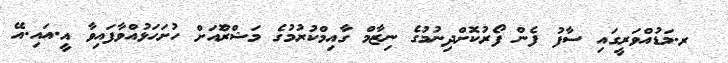
_ ރ.މަޑުއްވަރީގައި ސާފު ފެން ފޯރުކޮށްދިނުމުގެ ނިޒާމް ގާއިމްކުރުމުގެ މަޝްރޫެއަށް ހުށަހަޅުއްވާފައިވާ އީ.އައި.އޭ